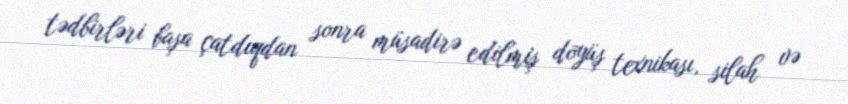
tədbirləri başa çatdıqdan sonra müsadirə edilmiş döyüş texnikası, silah və